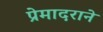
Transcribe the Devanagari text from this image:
प्रेमादराने